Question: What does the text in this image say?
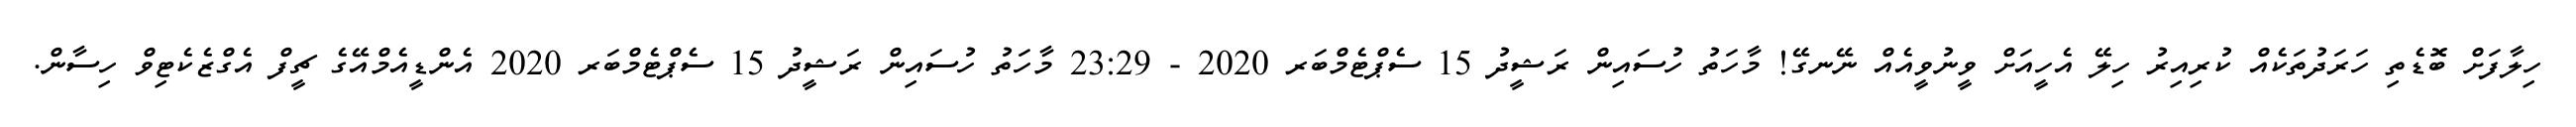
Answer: ހިލާފަށް ބޮޑެތި ހަރަދުތަކެއް ކުރިއިރު ހިލޭ އެހީއަށް ވީނުވީއެއް ނޭނގޭ! މާހަތު ހުސައިން ރަޝީދު 15 ސެޕްޓެމްބަރ 2020 - 23:29 މާހަތު ހުސައިން ރަޝީދު 15 ސެޕްޓެމްބަރ 2020 އެންޑީއެމްއޭގެ ޗީފް އެގްޒެކެޓިވް ހިސާން.